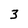
Character: 3